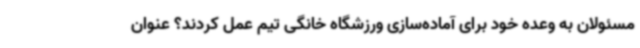
مسئولان به وعده خود برای آماده‌سازی ورزشگاه خانگی تیم عمل کردند؟ عنوان